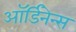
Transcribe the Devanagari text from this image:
ऑर्डिनेन्स